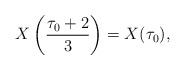
LaTeX: \begin{align*} X \left ( \frac{\tau_{0} + 2}{3} \right ) = X(\tau_{0}), \end{align*}